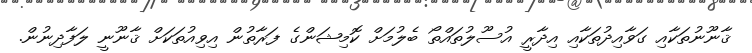
ޤާނޫނުތަކާއި ގަވާއިދުތަކާއި އިދާރީ އުސޫލުތައްތޯ ބެލުމަށް ކޮމިޝަންގެ ފަރާތުން އިވިއުތަކަށް ޤާނޫނީ ލަފާދިނުން.